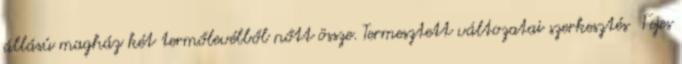
állású magház két termőlevélből nőtt össze. Termesztett változatai szerkesztés Fejes